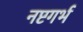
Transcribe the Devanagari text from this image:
नष्टगर्भ